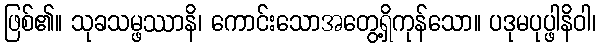
ဖြစ်၏။ သုခသမ္ဖဿာနိ၊ ကောင်းသောအတွေ့ရှိကုန်သော။ ပဒုမပုပ္ဖါနိဝါ၊